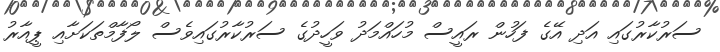
ސަރުކާރުގައި އަދި އޭގެ ފަހުން ރައީސް މުހައްމަދު ވަހީދުގެ ސަރުކާރުގައިވެސް ލޯފާމްތަކަށާއި ޕީއާރު